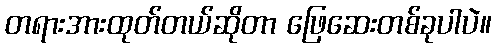
တရားအားထုတ်တယ်ဆိုတာ ဖြေဆေးတစ်ခုပါပဲ။